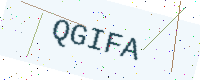
Text: QGIFA